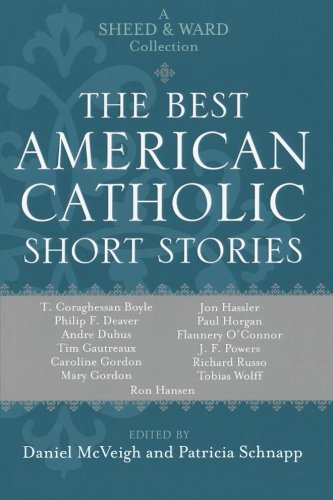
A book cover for The Best American Catholic Short Stories: A Sheed & Ward Collection; Religion & Spirituality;